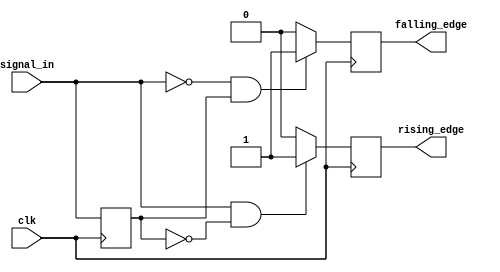
module dual_edge_detector (
    input wire clk,            // Clock signal
    input wire signal_in,      // Input signal
    output reg rising_edge,    // Output signal for rising edge
    output reg falling_edge     // Output signal for falling edge
);

    // Register to hold the previous state of signal_in
    reg signal_in_prev;

    always @(posedge clk) begin
        // Detect rising edge: current signal_in is high, previous was low
        if (signal_in && !signal_in_prev) begin
            rising_edge <= 1'b1;   // Set rising_edge high
        end else begin
            rising_edge <= 1'b0;   // Set rising_edge low
        end

        // Detect falling edge: current signal_in is low, previous was high
        if (!signal_in && signal_in_prev) begin
            falling_edge <= 1'b1;   // Set falling_edge high
        end else begin
            falling_edge <= 1'b0;   // Set falling_edge low
        end

        // Update the previous state of signal_in for next clock cycle
        signal_in_prev <= signal_in;
    end

endmodule